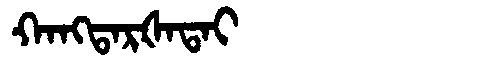
Manchu: ᡴᠠᠩᡨᠠᡵᡧᠠᡨᠠᡳ
Romanization: KANGTARŠATAI